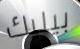
بيليك